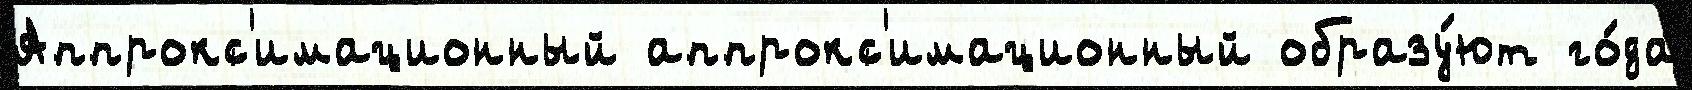
Аппрокс'имационный аппрокс'имационный образу́ют го́да